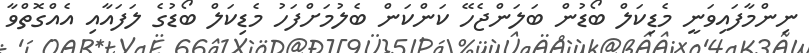
ނިންމާފައިވަނީ މެޑިކަލް ބޯޑުން ބަލަންޖެހޭ ކަންކަން ބެލުމަށްފަހު މެޑިކަލް ބޯޑުގެ ލަފައާއި އެއްގޮތްވާ